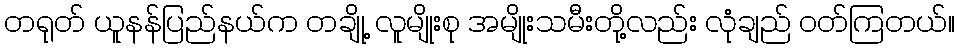
တရုတ် ယူနန်ပြည်နယ်က တချို့ လူမျိုးစု အမျိုးသမီးတို့လည်း လုံချည် ဝတ်ကြတယ်။